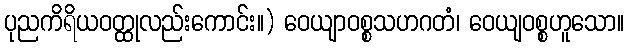
ပုညကိရိယဝတ္ထုလည်းကောင်း။) ဝေယျာဝစ္စသဟဂတံ၊ ဝေယျဝစ္စဟူသော။